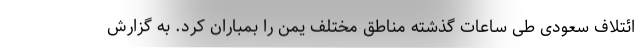
ائتلاف سعودی طی ساعات گذشته مناطق مختلف یمن را بمباران کرد. به گزارش